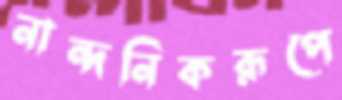
নান্দনিকরূপে